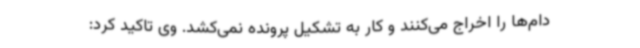
دام‌ها را اخراج می‌کنند و کار به تشکیل پرونده نمی‌کشد. وی تاکید کرد: